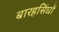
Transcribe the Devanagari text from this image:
बारहसिंघों